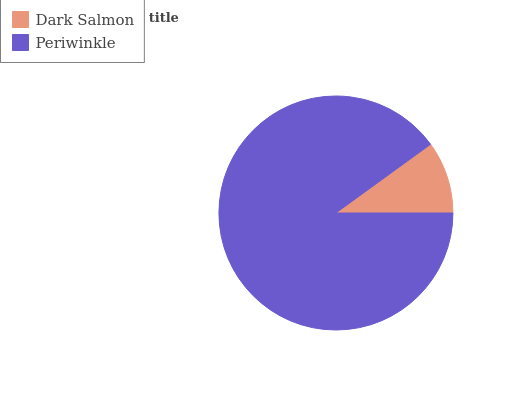
| Dark Salmon | Periwinkle |
 | --- | --- |
 | 9.99% | 90% |